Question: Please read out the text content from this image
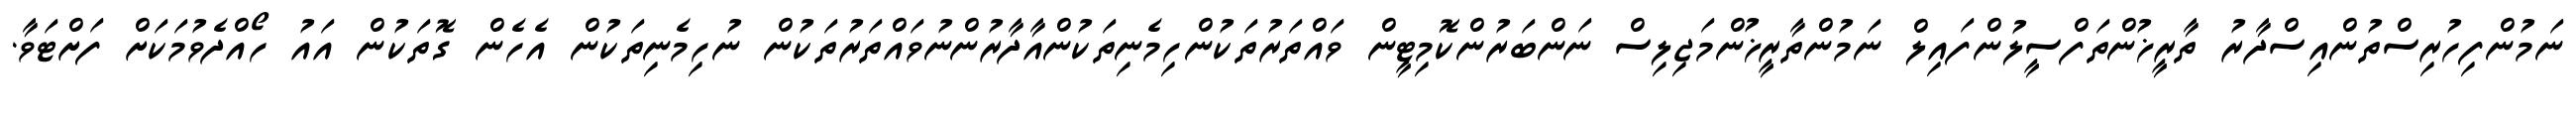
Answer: ނަމުންފިހުރިސްތުންއިސްދާރު ތާރީޚުންތަފްސީލުންފައިލް ނަމުންތާރީޚުންމަޖިލިސް ނަންބަރުންކޮމިޓީން ވައްތަރުތަކުންހިމެނިތަކުންއާދާރުންނުވައްތަރުތަކުން ނުހިމެނިތަކުން އެހެން ގޮތަކުން އައު ހޯއްދެވުމަކަށް ފަށްޓަވާ.